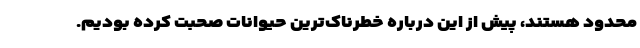
محدود هستند، پیش از این درباره خطرناک‌ترین حیوانات صحبت کرده بودیم.